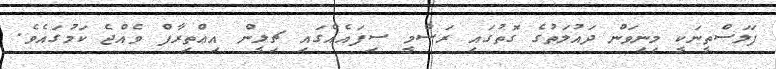
ފަލަސްތީނަކީ މިނިވަން ދައުލަތުގެ ގޮތުގައި ރަސްމީ ސިފައެއްގައި ޗިލީން އިޢްތިރާފް ވެއްޖެ ކަމުގައެވެ.